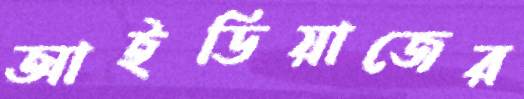
আইডিয়াজের